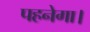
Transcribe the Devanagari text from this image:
पहनेगा।